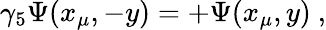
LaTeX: \gamma_{5}\Psi(x_{\mu},-y)=+\Psi(x_{\mu},y)~,